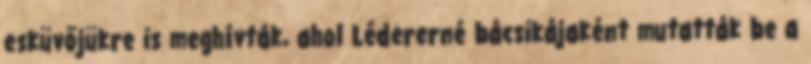
esküvőjükre is meghívták, ahol Lédererné bácsikájaként mutatták be a